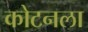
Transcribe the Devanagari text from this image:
कोटनला